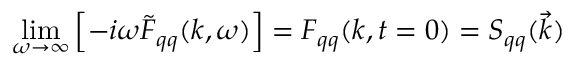
\operatorname* { l i m } _ { \omega \to \infty } \left[ - i \omega \tilde { F } _ { q q } ( k , \omega ) \right] = F _ { q q } ( k , t = 0 ) = S _ { q q } ( \vec { k } )